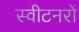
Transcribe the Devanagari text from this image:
स्वीटनरों